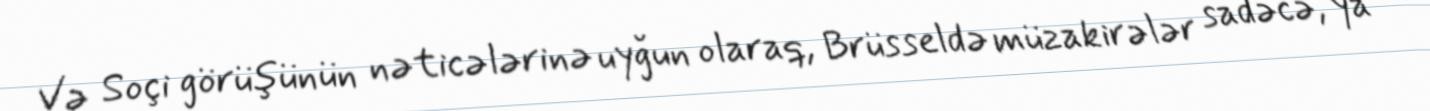
Və Soçi görüşünün nəticələrinə uyğun olaraq, Brüsseldə müzakirələr sadəcə, ya